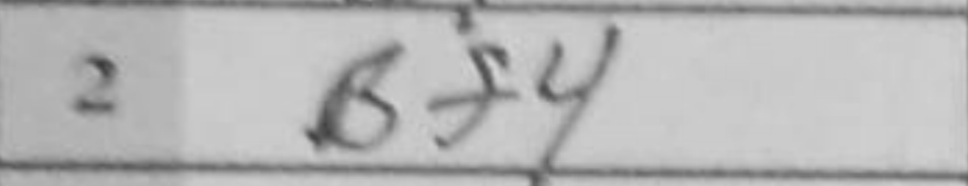
Transcription: Bf4